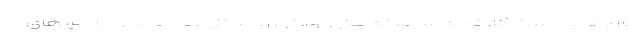
افزارهایی است که تمام سیستم های آی. تی را مختل می کنند و دزدی های